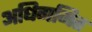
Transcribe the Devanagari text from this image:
अधिगमित